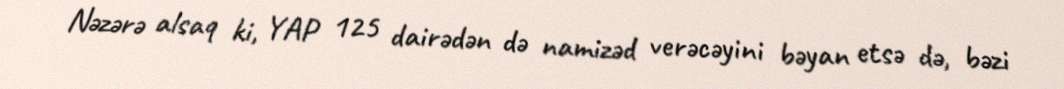
Nəzərə alsaq ki, YAP 125 dairədən də namizəd verəcəyini bəyan etsə də, bəzi